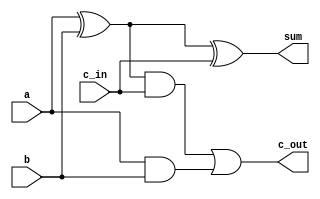
module fulladd(sum, c_out, a, b, c_in);

// I/O declaration, wire type by default
output sum, c_out;
input a, b, c_in;

// internal ports
wire s1, c1, c2;

xor(s1, a, b);
and(c1, a, b);
xor(sum, s1, c_in);
and(c2, s1, c_in);
or(c_out, c2, c1);

initial
begin
	$display("--------------Using gate model-----------------\\\\\\\\\\\\\\\\\\\\\\\\\\\\\\\\n");
end

endmodule